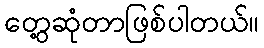
တွေ့ဆုံတာဖြစ်ပါတယ်။